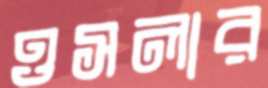
ওসলার